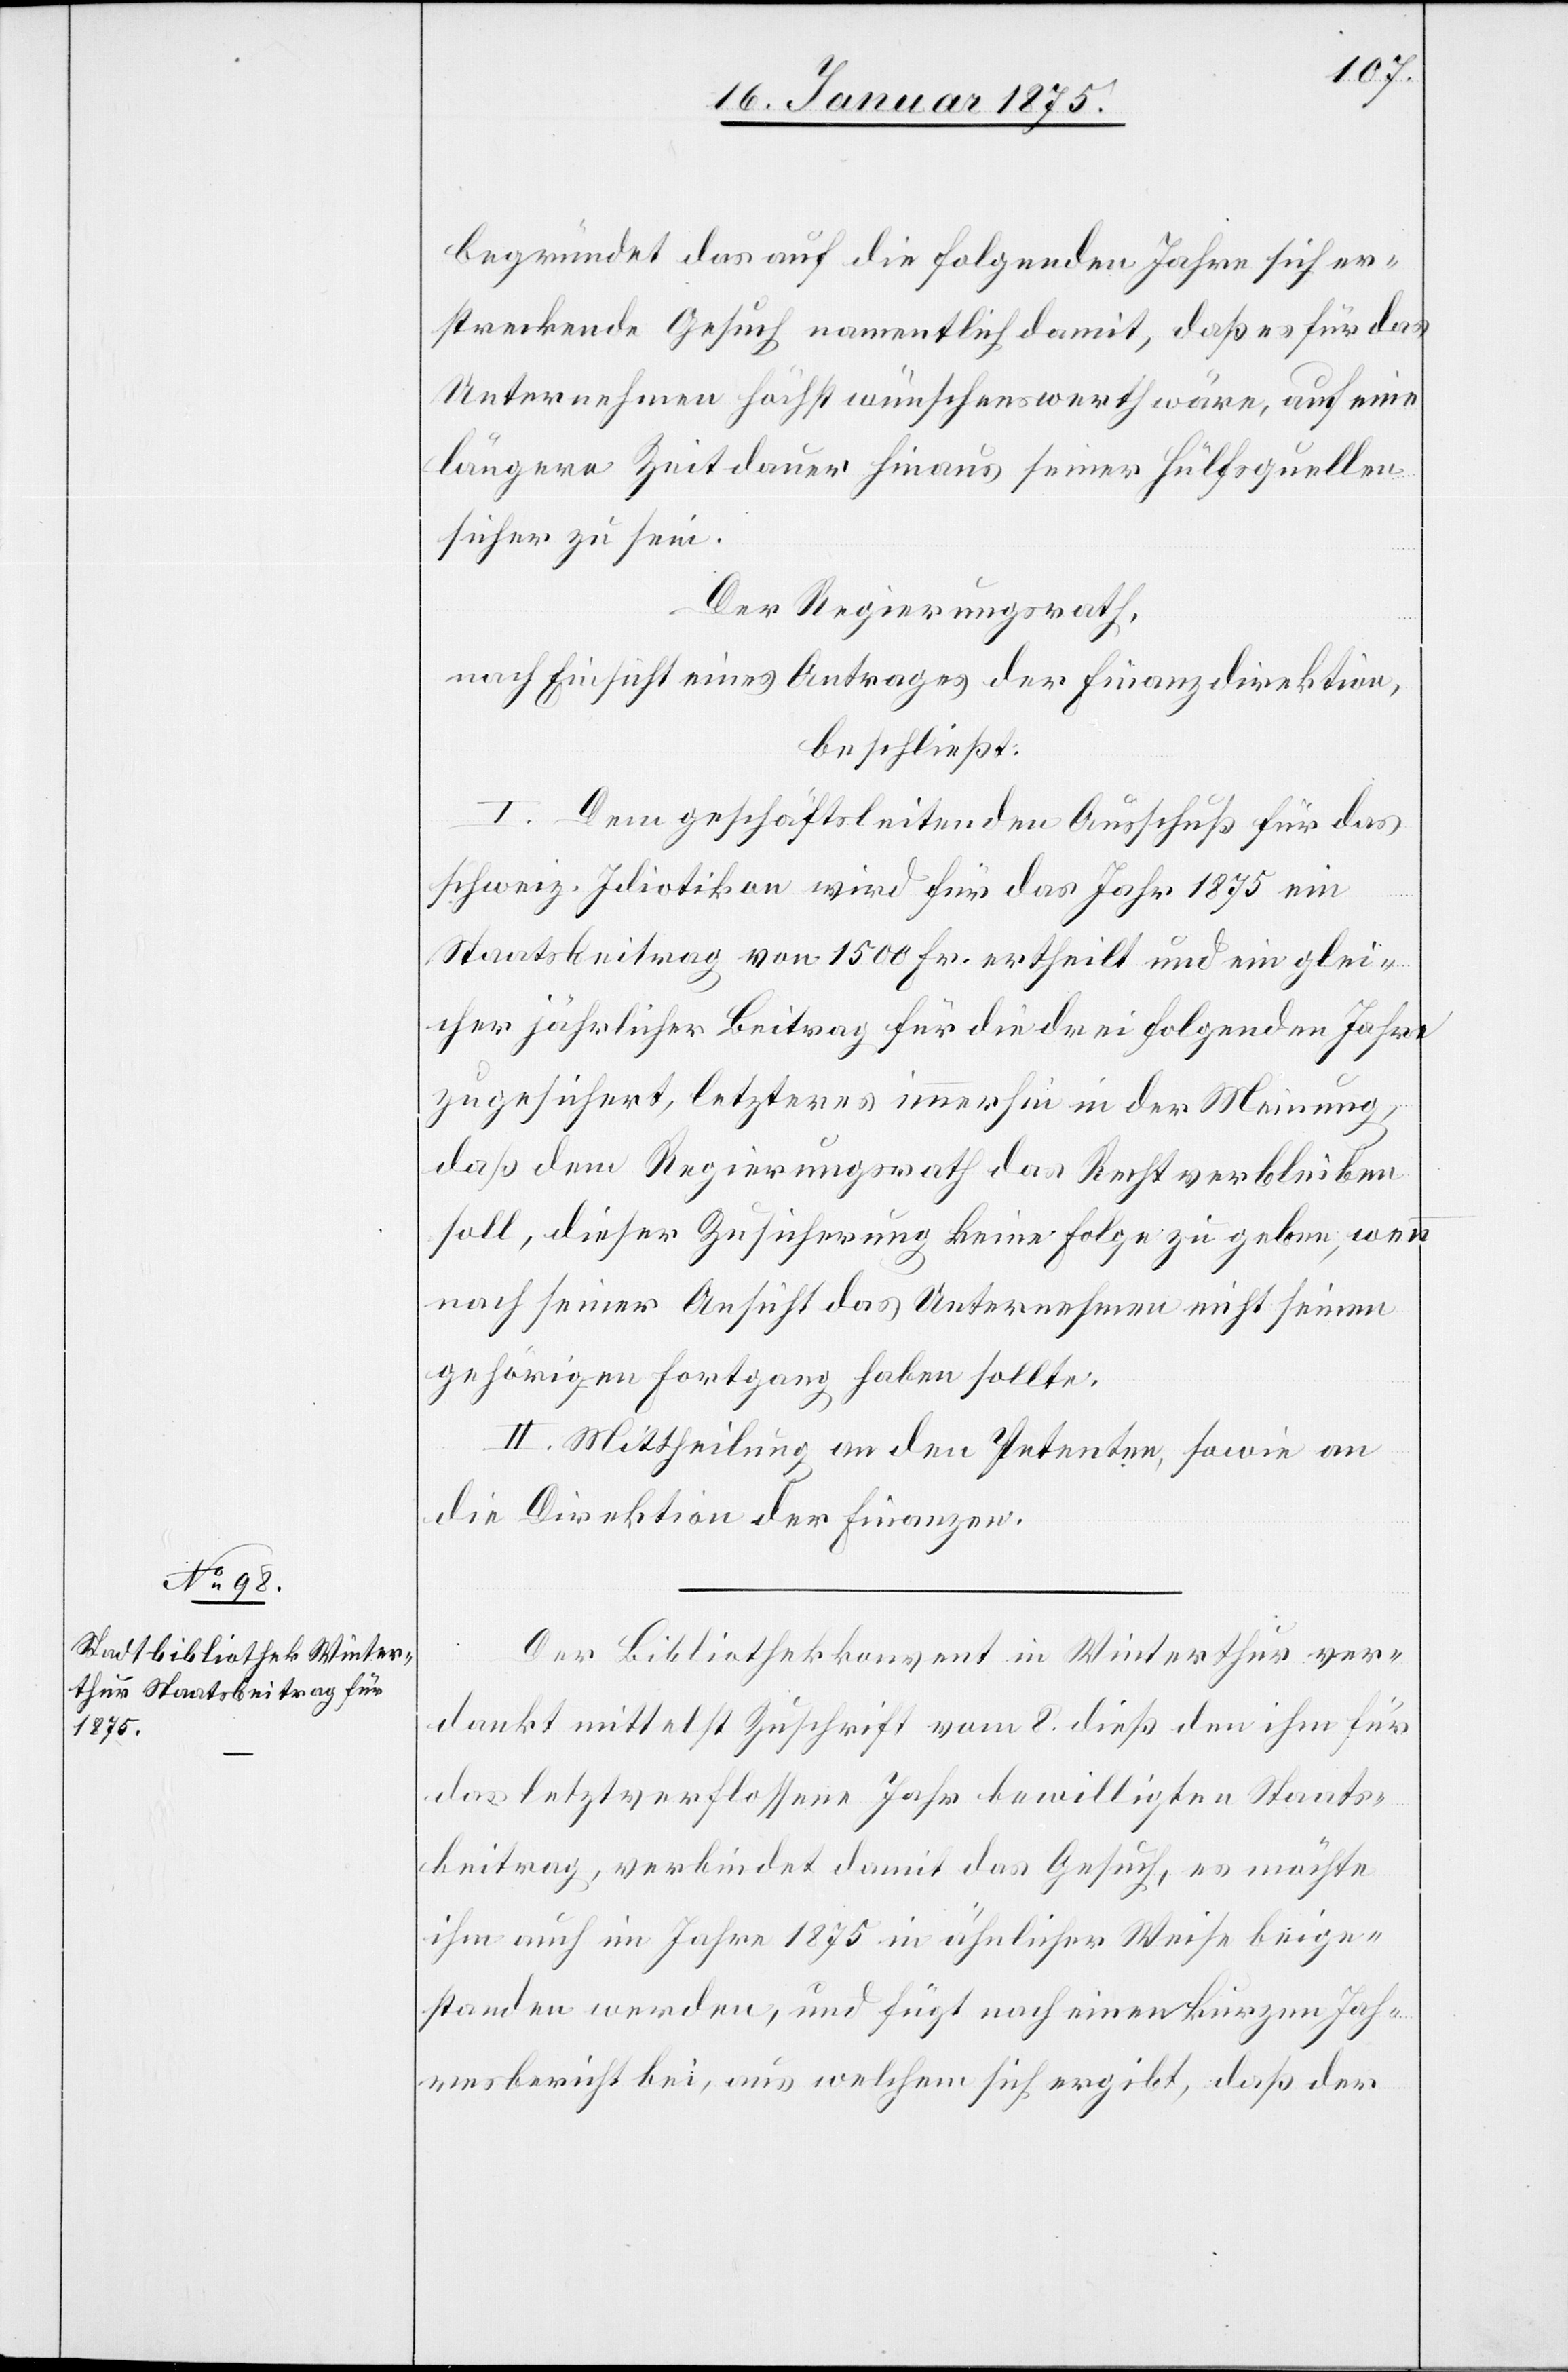
begründet das auf die folgenden Jahre sich er¬
streckende Gesuch namentlich damit, daß es für das
Unternehmen höchst wünschenswerth wäre, auf eine
längere Zeitdauer hinaus seiner Hülfsquellen
sicher zu sein.
Der Regierungsrath,
nach Einsicht eines Antrages der Finanzdirektion,
beschließt:
I. Dem geschäftsleitenden Ausschuß für das
schweiz. Idiotikon wird für das Jahr 1875 ein
Staatsbeitrag von 1500 Fr. ertheilt und ein glei¬
cher jährlicher Beitrag für die drei folgenden Jahre
zugesichert, letzters immerhin in der Meinung,
daß dem Regierungsrath das Recht verbleiben
soll, dieser Zusicherung keine Folge zu geben, wenn
nach seiner Ansicht das Unternehmen nicht seinen
gehörigen Fortgang haben sollte.
II. Mitteilung an den Petenten, sowie an
die Direktion der Finanzen.
Der Bibliothekkonvent in Winterthur ver¬
dankt mittelst Zuschrift vom 8. dieß den ihm für
das letztverflossene Jahr bewilligten Staats¬
beitrag, verbindet damit das Gesuch, es möchte
ihm auch im Jahre 1875 in ähnlicher Weise beige¬
standen werden, und fügt noch einen kurzen Jah¬
resbericht bei, aus welchem sich ergibt, daß der